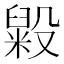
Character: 毇